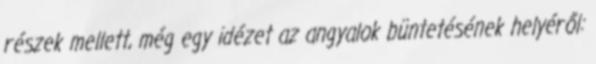
részek mellett, még egy idézet az angyalok büntetésének helyéről: